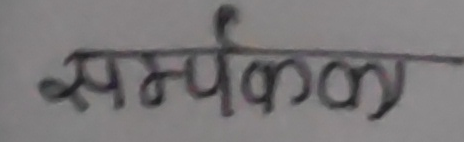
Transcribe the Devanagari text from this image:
सम्पर्ककलय